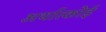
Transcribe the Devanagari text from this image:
अर्थात्कोई